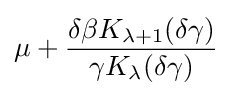
\mu +{\frac {\delta \beta K_{\lambda +1}(\delta \gamma )}{\gamma K_{\lambda }(\delta \gamma )}}